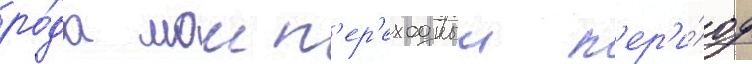
ро́да мои п'ер'еходныи п'ер'и́од